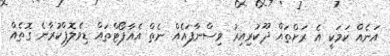
އަނެއް ކަމަކީ އެ ރަށްތައް ދޫކުރިއިރު ވިސްނާފައެއް ނެތް އެއާޕޯޓްތައް ޑިވެލޮޕްކުރާނެ ގޮތެއް